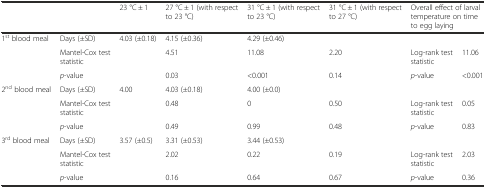
<table><thead><tr><td>[EMPTY_CELL]</td><td>[EMPTY_CELL]</td><td><b>23 °C ± 1</b></td><td><b>27 °C ± 1 (with respect to 23 °C)</b></td><td><b>31 °C ± 1 (with respect to 23 °C)</b></td><td><b>31 °C ± 1 (with respect to 27 °C)</b></td><td colspan="2"><b>Overall effect of larval temperature on time to egg laying</b></td></tr></thead><tbody><tr><td rowspan="3">1<sup>st</sup> blood meal</td><td>Days (±SD)</td><td>4.03 (±0.18)</td><td>4.15 (±0.36)</td><td colspan="2">4.29 (±0.46)</td><td colspan="2">[EMPTY_CELL]</td></tr><tr><td>Mantel-Cox test statistic</td><td>[EMPTY_CELL]</td><td>4.51</td><td>11.08</td><td>2.20</td><td>Log-rank test statistic</td><td>11.06</td></tr><tr><td><i>p</i>-value</td><td>[EMPTY_CELL]</td><td>0.03</td><td>&lt;0.001</td><td>0.14</td><td><i>p</i>-value</td><td>&lt;0.001</td></tr><tr><td rowspan="3">2<sup>nd</sup> blood meal</td><td>Days (±SD)</td><td>4.00</td><td>4.03 (±0.18)</td><td colspan="2">4.00 (±0.0)</td><td colspan="2">[EMPTY_CELL]</td></tr><tr><td>Mantel-Cox test statistic</td><td>[EMPTY_CELL]</td><td>0.48</td><td>0</td><td>0.50</td><td>Log-rank test statistic</td><td>0.05</td></tr><tr><td><i>p</i>-value</td><td>[EMPTY_CELL]</td><td>0.49</td><td>0.99</td><td>0.48</td><td><i>p</i>-value</td><td>0.83</td></tr><tr><td rowspan="3">3<sup>rd</sup> blood meal</td><td>Days (±SD)</td><td>3.57 (±0.5)</td><td>3.31 (±0.53)</td><td colspan="2">3.44 (±0.53)</td><td colspan="2">[EMPTY_CELL]</td></tr><tr><td>Mantel-Cox test statistic</td><td>[EMPTY_CELL]</td><td>2.02</td><td>0.22</td><td>0.19</td><td>Log-rank test statistic</td><td>2.03</td></tr><tr><td><i>p</i>-value</td><td>[EMPTY_CELL]</td><td>0.16</td><td>0.64</td><td>0.67</td><td><i>p</i>-value</td><td>0.36</td></tr></tbody></table>